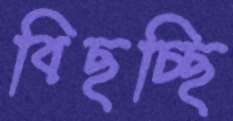
বিছচ্ছি